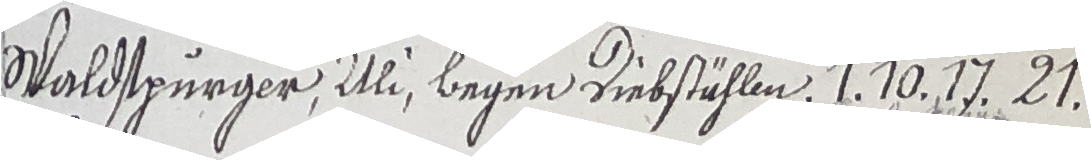
Spaldspürger, illi, begen Diebstählen. 1. 10. 17. 21.